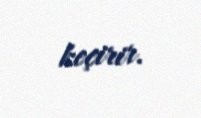
keçirir.